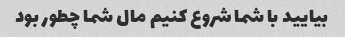
بیایید با شما شروع کنیم مال شما چطور بود